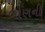
બાણની